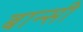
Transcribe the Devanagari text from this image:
बान्‍सी